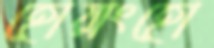
হোয়াংহো